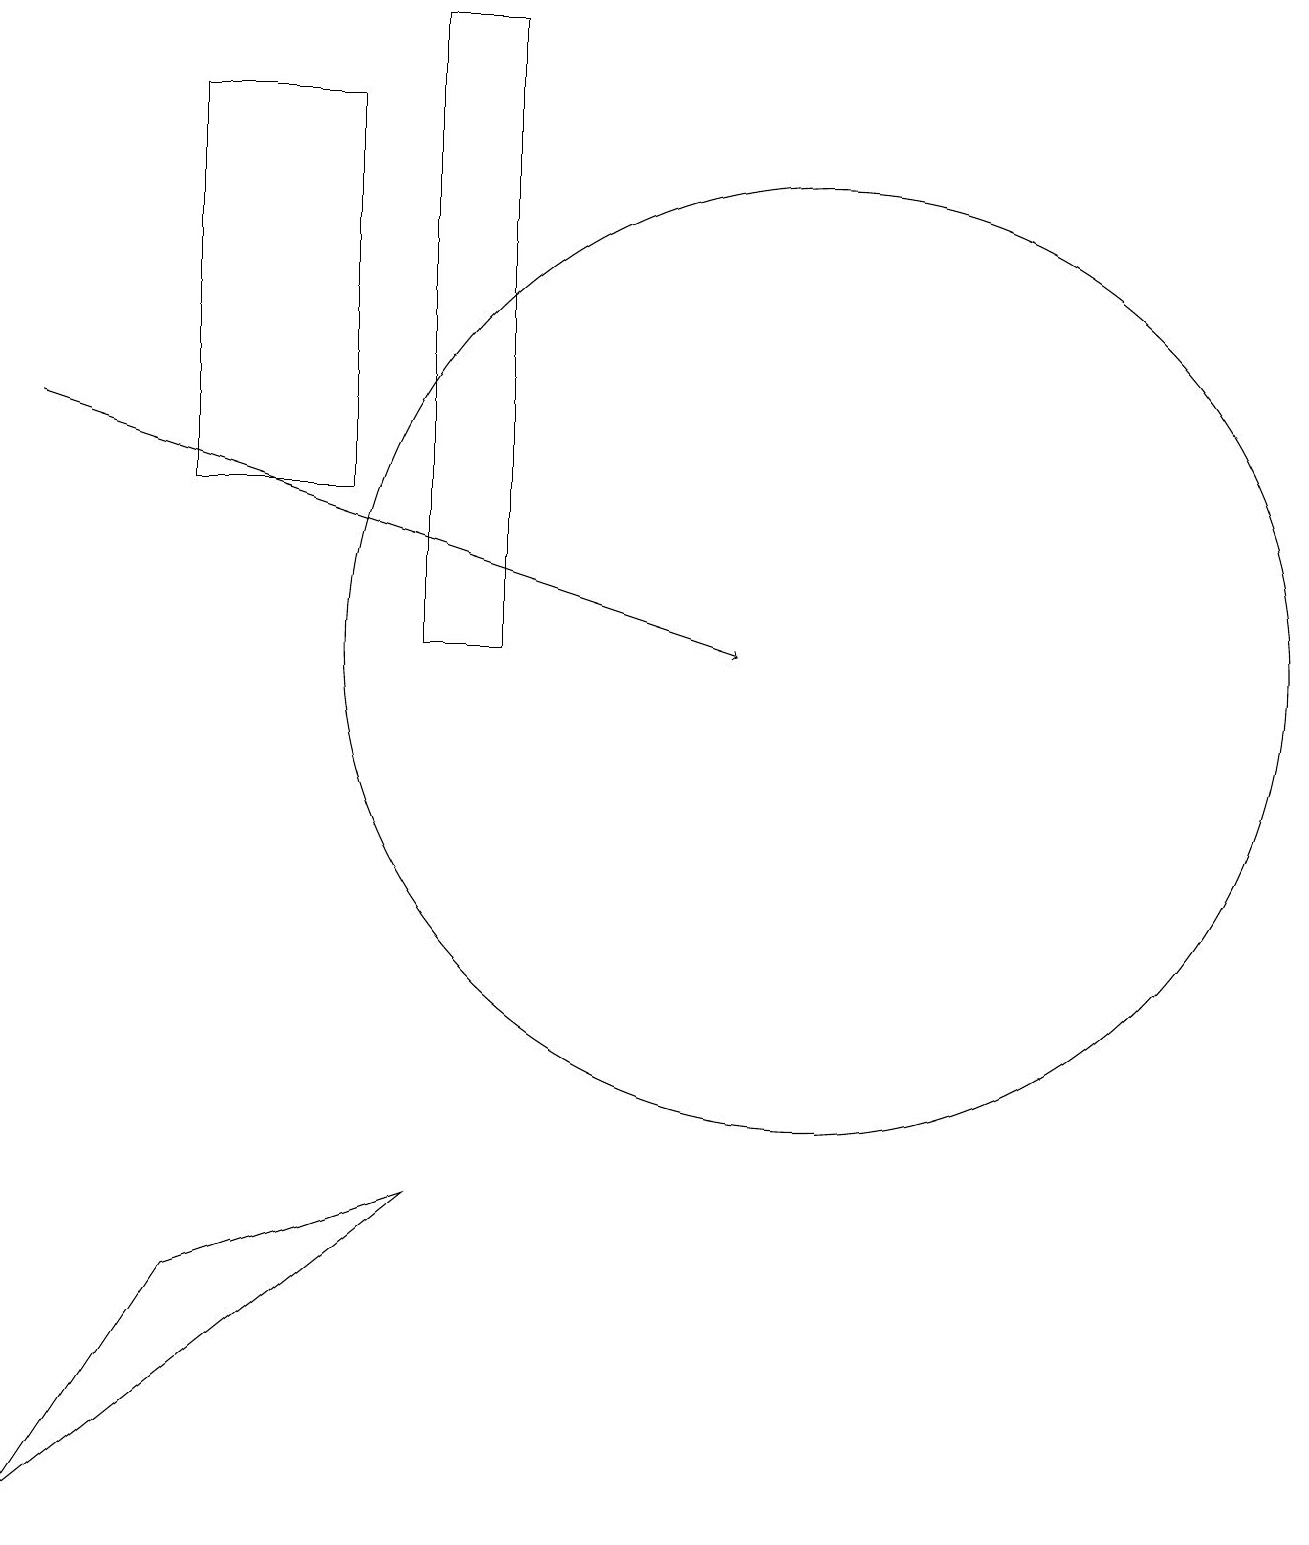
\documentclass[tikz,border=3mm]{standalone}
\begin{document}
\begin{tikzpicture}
\draw[->] (0,14) -- (9,11);
\draw (2,15) rectangle (2,18);
\draw (10,11) circle (6);
\draw (2,18) rectangle (4,13);
\draw (5,4) -- (2,3) -- (0,0) -- cycle;
\draw (5,19) rectangle (6,11);
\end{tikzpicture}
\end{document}